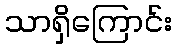
သာရှိကြောင်း